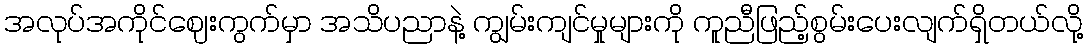
အလုပ်အကိုင်ဈေးကွက်မှာ အသိပညာနဲ့ ကျွမ်းကျင်မှုများကို ကူညီဖြည့်စွမ်းပေးလျက်ရှိတယ်လို့